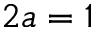
2 a = 1